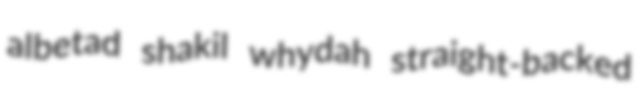
albetad shakil whydah straight-backed